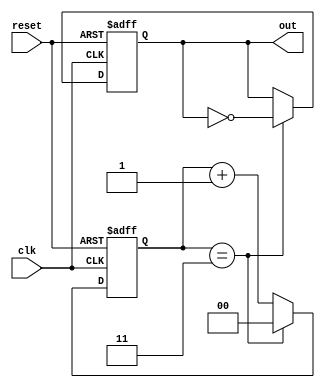
module divide_by_n_counter #(
    parameter N = 4 // Parameter for the divisor
) (
    input wire clk,        // Clock input
    input wire reset,      // Asynchronous reset
    output reg out         // Output signal
);

    // Calculate the number of bits required for the counter
    localparam COUNTER_BITS = $clog2(N); // Number of bits needed to represent the counter state

    reg [COUNTER_BITS-1:0] count; // Counter state

    // Asynchronous reset and counting logic
    always @(posedge clk or posedge reset) begin
        if (reset) begin
            count <= 0; // Reset counter to 0
            out <= 0;   // Reset output
        end else begin
            if (count == N-1) begin
                count <= 0; // Reset counter when it reaches N
                out <= ~out; // Toggle output
            end else begin
                count <= count + 1; // Increment counter
            end
        end
    end

endmodule